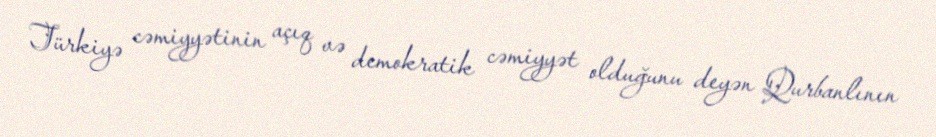
Türkiyə cəmiyyətinin açıq və demokratik cəmiyyət olduğunu deyən Qurbanlının